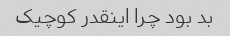
بد بود چرا اینقدر کوچیک